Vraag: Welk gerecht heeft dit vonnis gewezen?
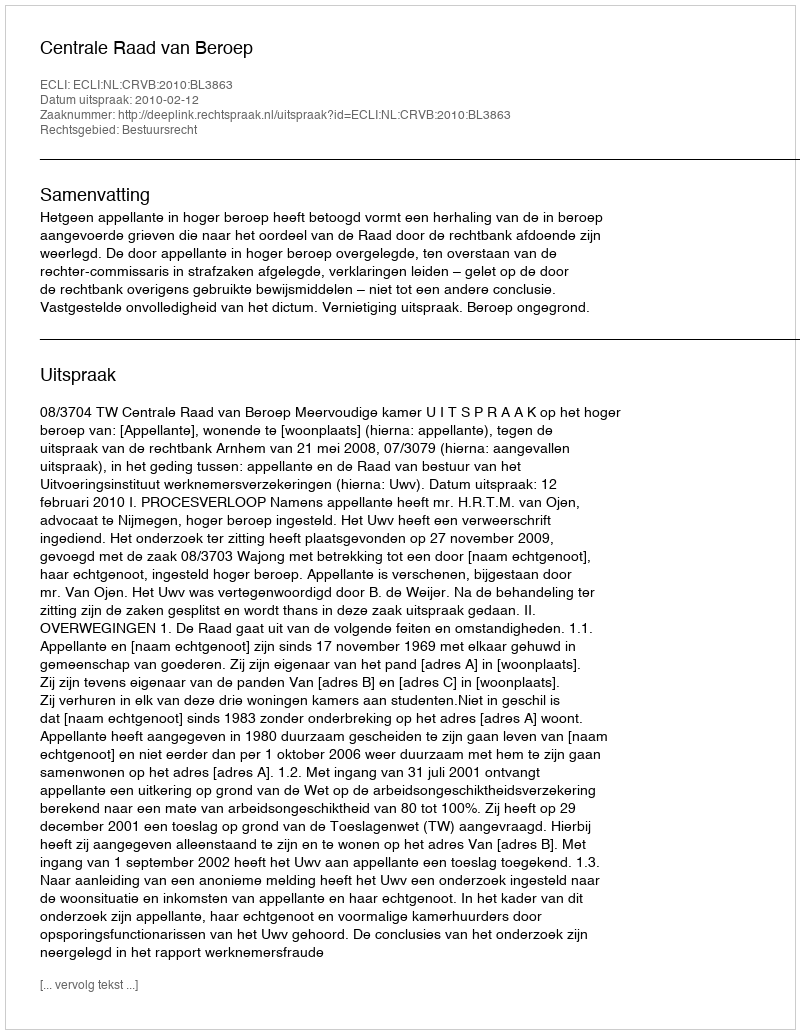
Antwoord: Centrale Raad van Beroep